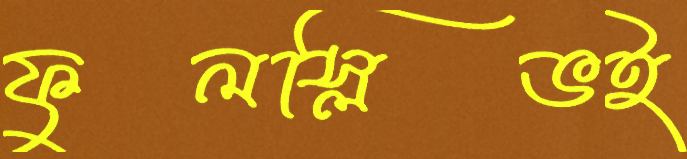
ফুলস্লিভই